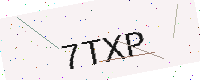
Text: 7TXP